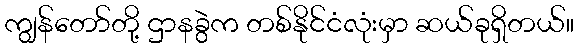
ကျွန်တော်တို့ ဌာနခွဲက တစ်နိုင်ငံလုံးမှာ ဆယ်ခုရှိတယ်။